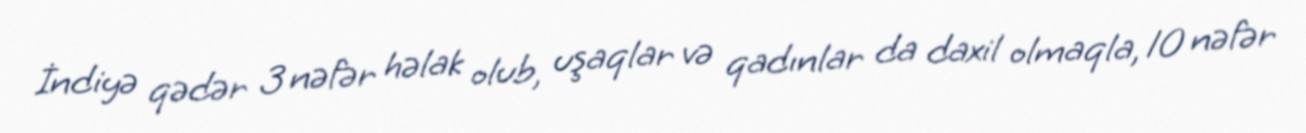
İndiyə qədər 3 nəfər həlak olub, uşaqlar və qadınlar da daxil olmaqla, 10 nəfər